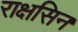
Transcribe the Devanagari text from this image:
राक्षसिन